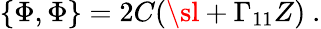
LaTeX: \{ \Phi,\Phi\} =2C(\sl+\Gamma_{11}Z)\ .